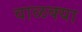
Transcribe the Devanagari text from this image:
वाळक्या